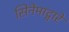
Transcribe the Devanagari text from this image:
सिनेमाद्वारे